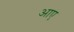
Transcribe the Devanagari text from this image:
अाए